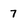
Character: 7